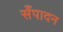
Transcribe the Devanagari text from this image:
सँपादन